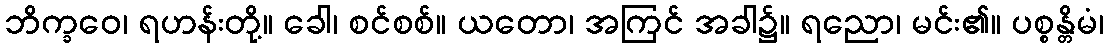
ဘိက္ခဝေ၊ ရဟန်းတို့။ ခေါ၊ စင်စစ်။ ယတော၊ အကြင် အခါ၌။ ရညော၊ မင်း၏။ ပစ္စန္တိမံ၊